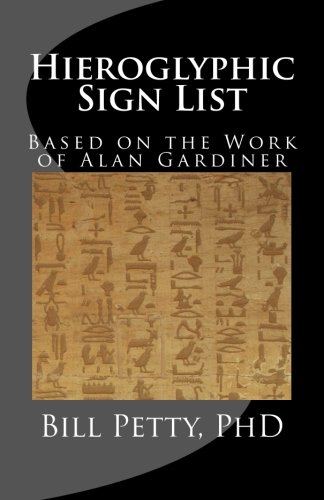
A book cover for Hieroglyphic Sign List: Based on the Work of Alan Gardiner; Bill Petty PhD; Reference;